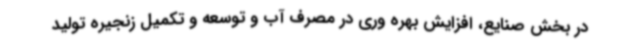
در بخش صنایع، افزایش بهره وری در مصرف آب و توسعه و تکمیل زنجیره تولید